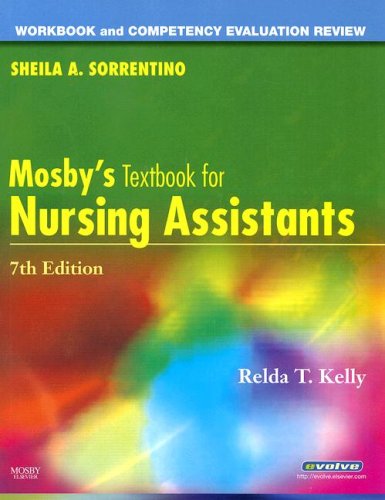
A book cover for Workbook and Competency Evaluation Review for Mosby's Textbook for Nursing Assistants, 7e; Sheila A. Sorrentino PhD  RN; Medical Books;